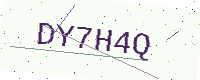
Text: DY7H4Q